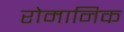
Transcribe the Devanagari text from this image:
रोमानिक